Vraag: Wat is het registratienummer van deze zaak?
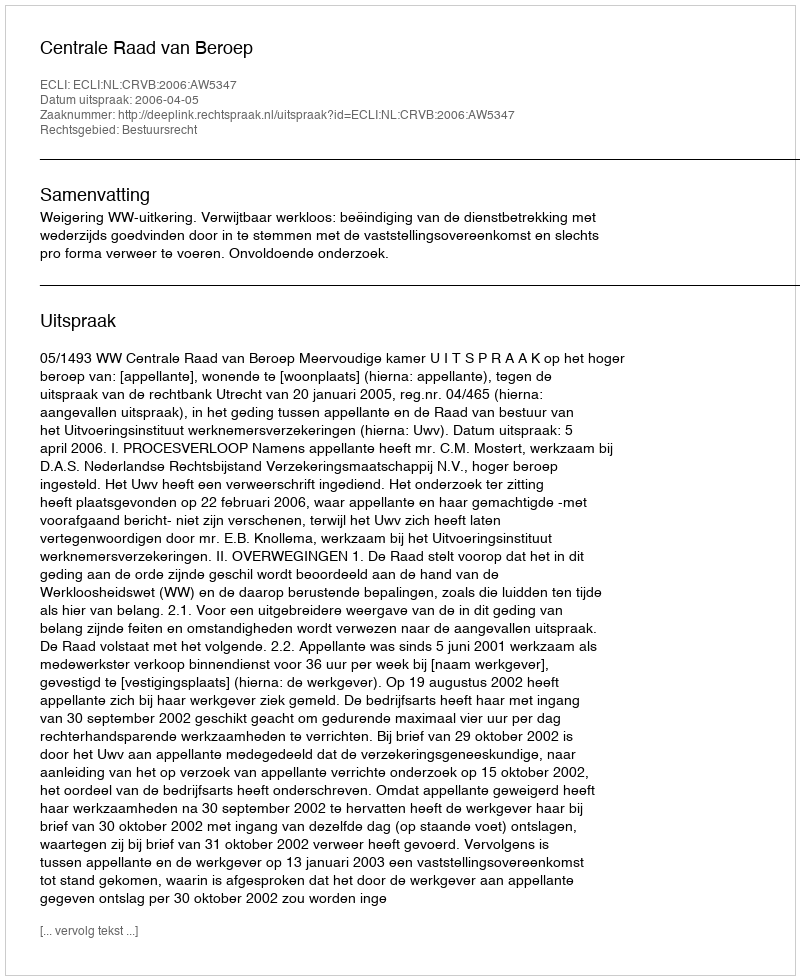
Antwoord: http://deeplink.rechtspraak.nl/uitspraak?id=ECLI:NL:CRVB:2006:AW5347